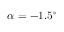
\alpha = - 1 . 5 ^ { \circ }